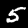
Label: 5